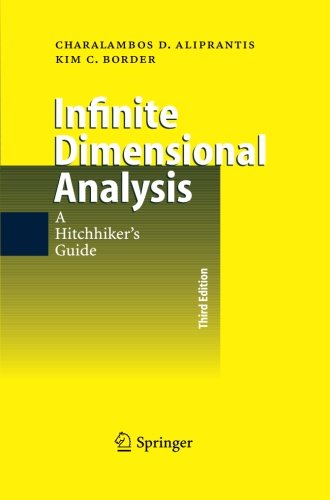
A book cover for Infinite Dimensional Analysis: A Hitchhiker's Guide; Charalambos D. Aliprantis; Science & Math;